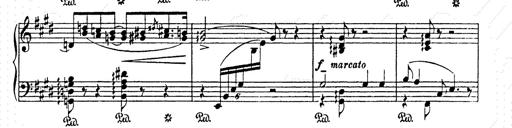
Title: AnnÃ©es de pÃ¨lerinage II
Composer: Franz Liszt